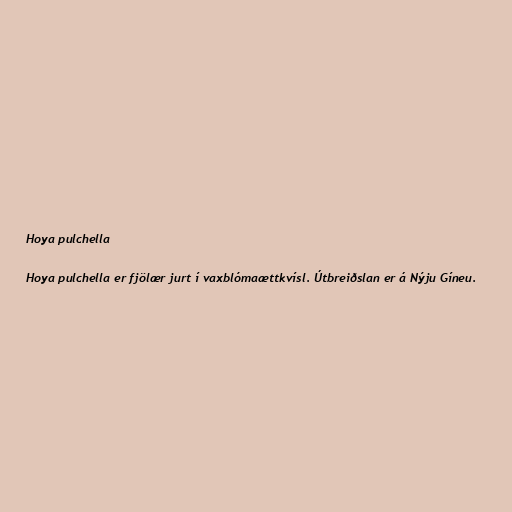
Hoya pulchella

Hoya pulchella er fjölær jurt í vaxblómaættkvísl. Útbreiðslan er á Nýju Gíneu.